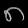
Digit: ၈